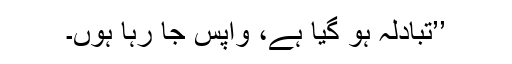
’’تبادلہ ہو گیا ہے، واپس جا رہا ہوں۔